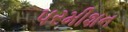
પરમીશન